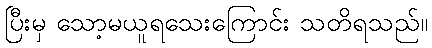
ပြီးမှ သော့မယူရသေးကြောင်း သတိရသည်။